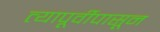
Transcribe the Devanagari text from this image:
त्यापूर्वीपासून